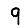
Digit: 9